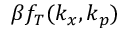
\beta f _ { T } ( k _ { x } , k _ { p } )